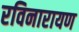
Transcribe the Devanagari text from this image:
रविनारायण